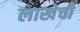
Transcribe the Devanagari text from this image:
लाखेची